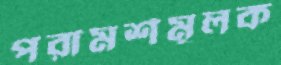
পরামর্শমূলক